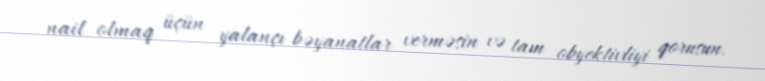
nail olmaq üçün yalançı bəyanatlar verməsin və tam obyektivliyi qorusun.